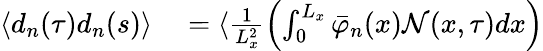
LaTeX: \begin{array}{rl}{\langle d_{n}(\tau)d_{n}(s)\rangle}&{{}=\langle\frac{1}{L_{x}^{2}}\left(\int_{0}^{L_{x}}\bar{\varphi}_{n}(x)\mathcal{N}(x,\tau)dx\right)}\end{array}